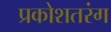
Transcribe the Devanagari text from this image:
प्रकोशतरंग